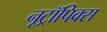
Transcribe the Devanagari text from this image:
नूट्रॉपिक्स